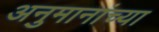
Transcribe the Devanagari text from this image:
अनुमानांच्या